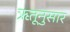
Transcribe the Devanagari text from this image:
ऋतूनुसार